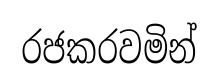
රජකරවමින්